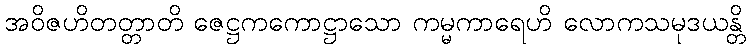
အဝိဇဟိတတ္တာတိ ဇေဋ္ဌကကောဋ္ဌာသော ကမ္မကာရေဟိ လောကသမုဒယန္တိ